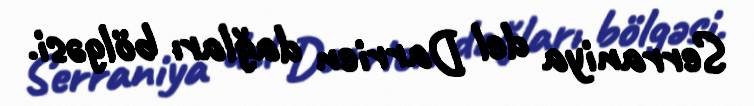
Serraniya del Darrien dağları bölgəsi.